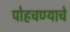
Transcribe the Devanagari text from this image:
पोहचण्याचे